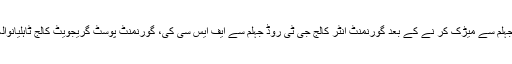
گورنمنٹ ہائی سکول جہلم سے میڑک کر نے کے بعد گورنمنٹ انٹر کالج جی ٹی روڈ جہلم سے ایف ایس سی کی، گورنمنٹ پوسٹ گریجویٹ کالج ٹاہلیانوالہ سے بی ایس سی کی۔